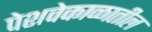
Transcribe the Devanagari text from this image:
पेशवेकाळातील